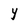
Character: Y